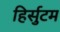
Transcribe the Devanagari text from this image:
हिर्सुटम